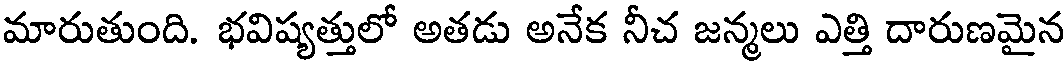
మారుతుంది. భవిష్యత్తులో అతడు అనేక నీచ జన్మలు ఎత్తి దారుణమైన